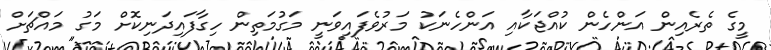
މީގެ ތެރެއިން އަންހެން ކުއްޖަކާއި އަންހެނަކު މަރުވެފައިވަނީ މަގުމަތިން ހިގާފައިދަނިކޮށް މަގު މައްޗަށް